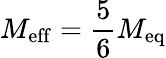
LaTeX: M_{\mathrm{eff}}=\frac{5}{6}M_{\mathrm{eq}}